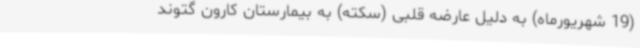
(19 شهریورماه) به دلیل عارضه قلبی (سکته) به بیمارستان کارون گتوند